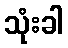
သုံးခါ